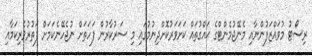
ރިސޯޓު މުވައްޒަފުންނާއި މެނޭޖުމެންޓްގެ ޙައްްގުތައް ކަށަވަރުކޮށްދިނުމުގައި މި ސަރުކާރުން ފަހަތަށް ނުޖެހޭނެކަމަށް ފަތުރުވެރިކަމާއި